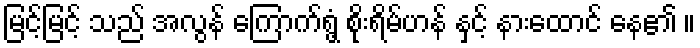
မြင့်မြင့် သည် အလွန် ကြောက်ရွံ့ စိုးရိမ်ဟန် နှင့် နားထောင် နေ၏ ။